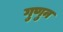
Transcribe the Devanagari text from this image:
गुणुन